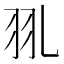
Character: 𦏳